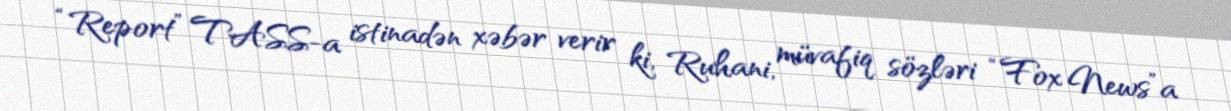
“Report” TASS-a istinadən xəbər verir ki, Ruhani, müvafiq sözləri “Fox News”a